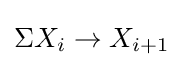
\Sigma X_{i}\to X_{i+1}